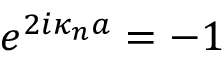
e ^ { 2 i \kappa _ { n } a } = - 1